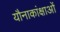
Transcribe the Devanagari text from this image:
यौनाकांक्षाओं